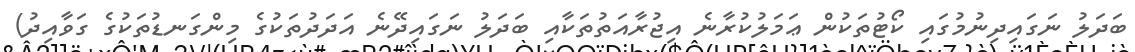
ބަދަލު ނަގައިދިނުމުގައި ކޯޓުތަކުން ޢަމަލުކުރާނެ އިޖުރާއަތުތަކާއި ބަދަލު ނަގައިދޭނެ އަދަދުތަކުގެ މިންގަނޑުތަކުގެ ގަވާއިދު)